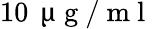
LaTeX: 10\, \mathrm{~\textmu~g~}/\mathrm{~m~l~}